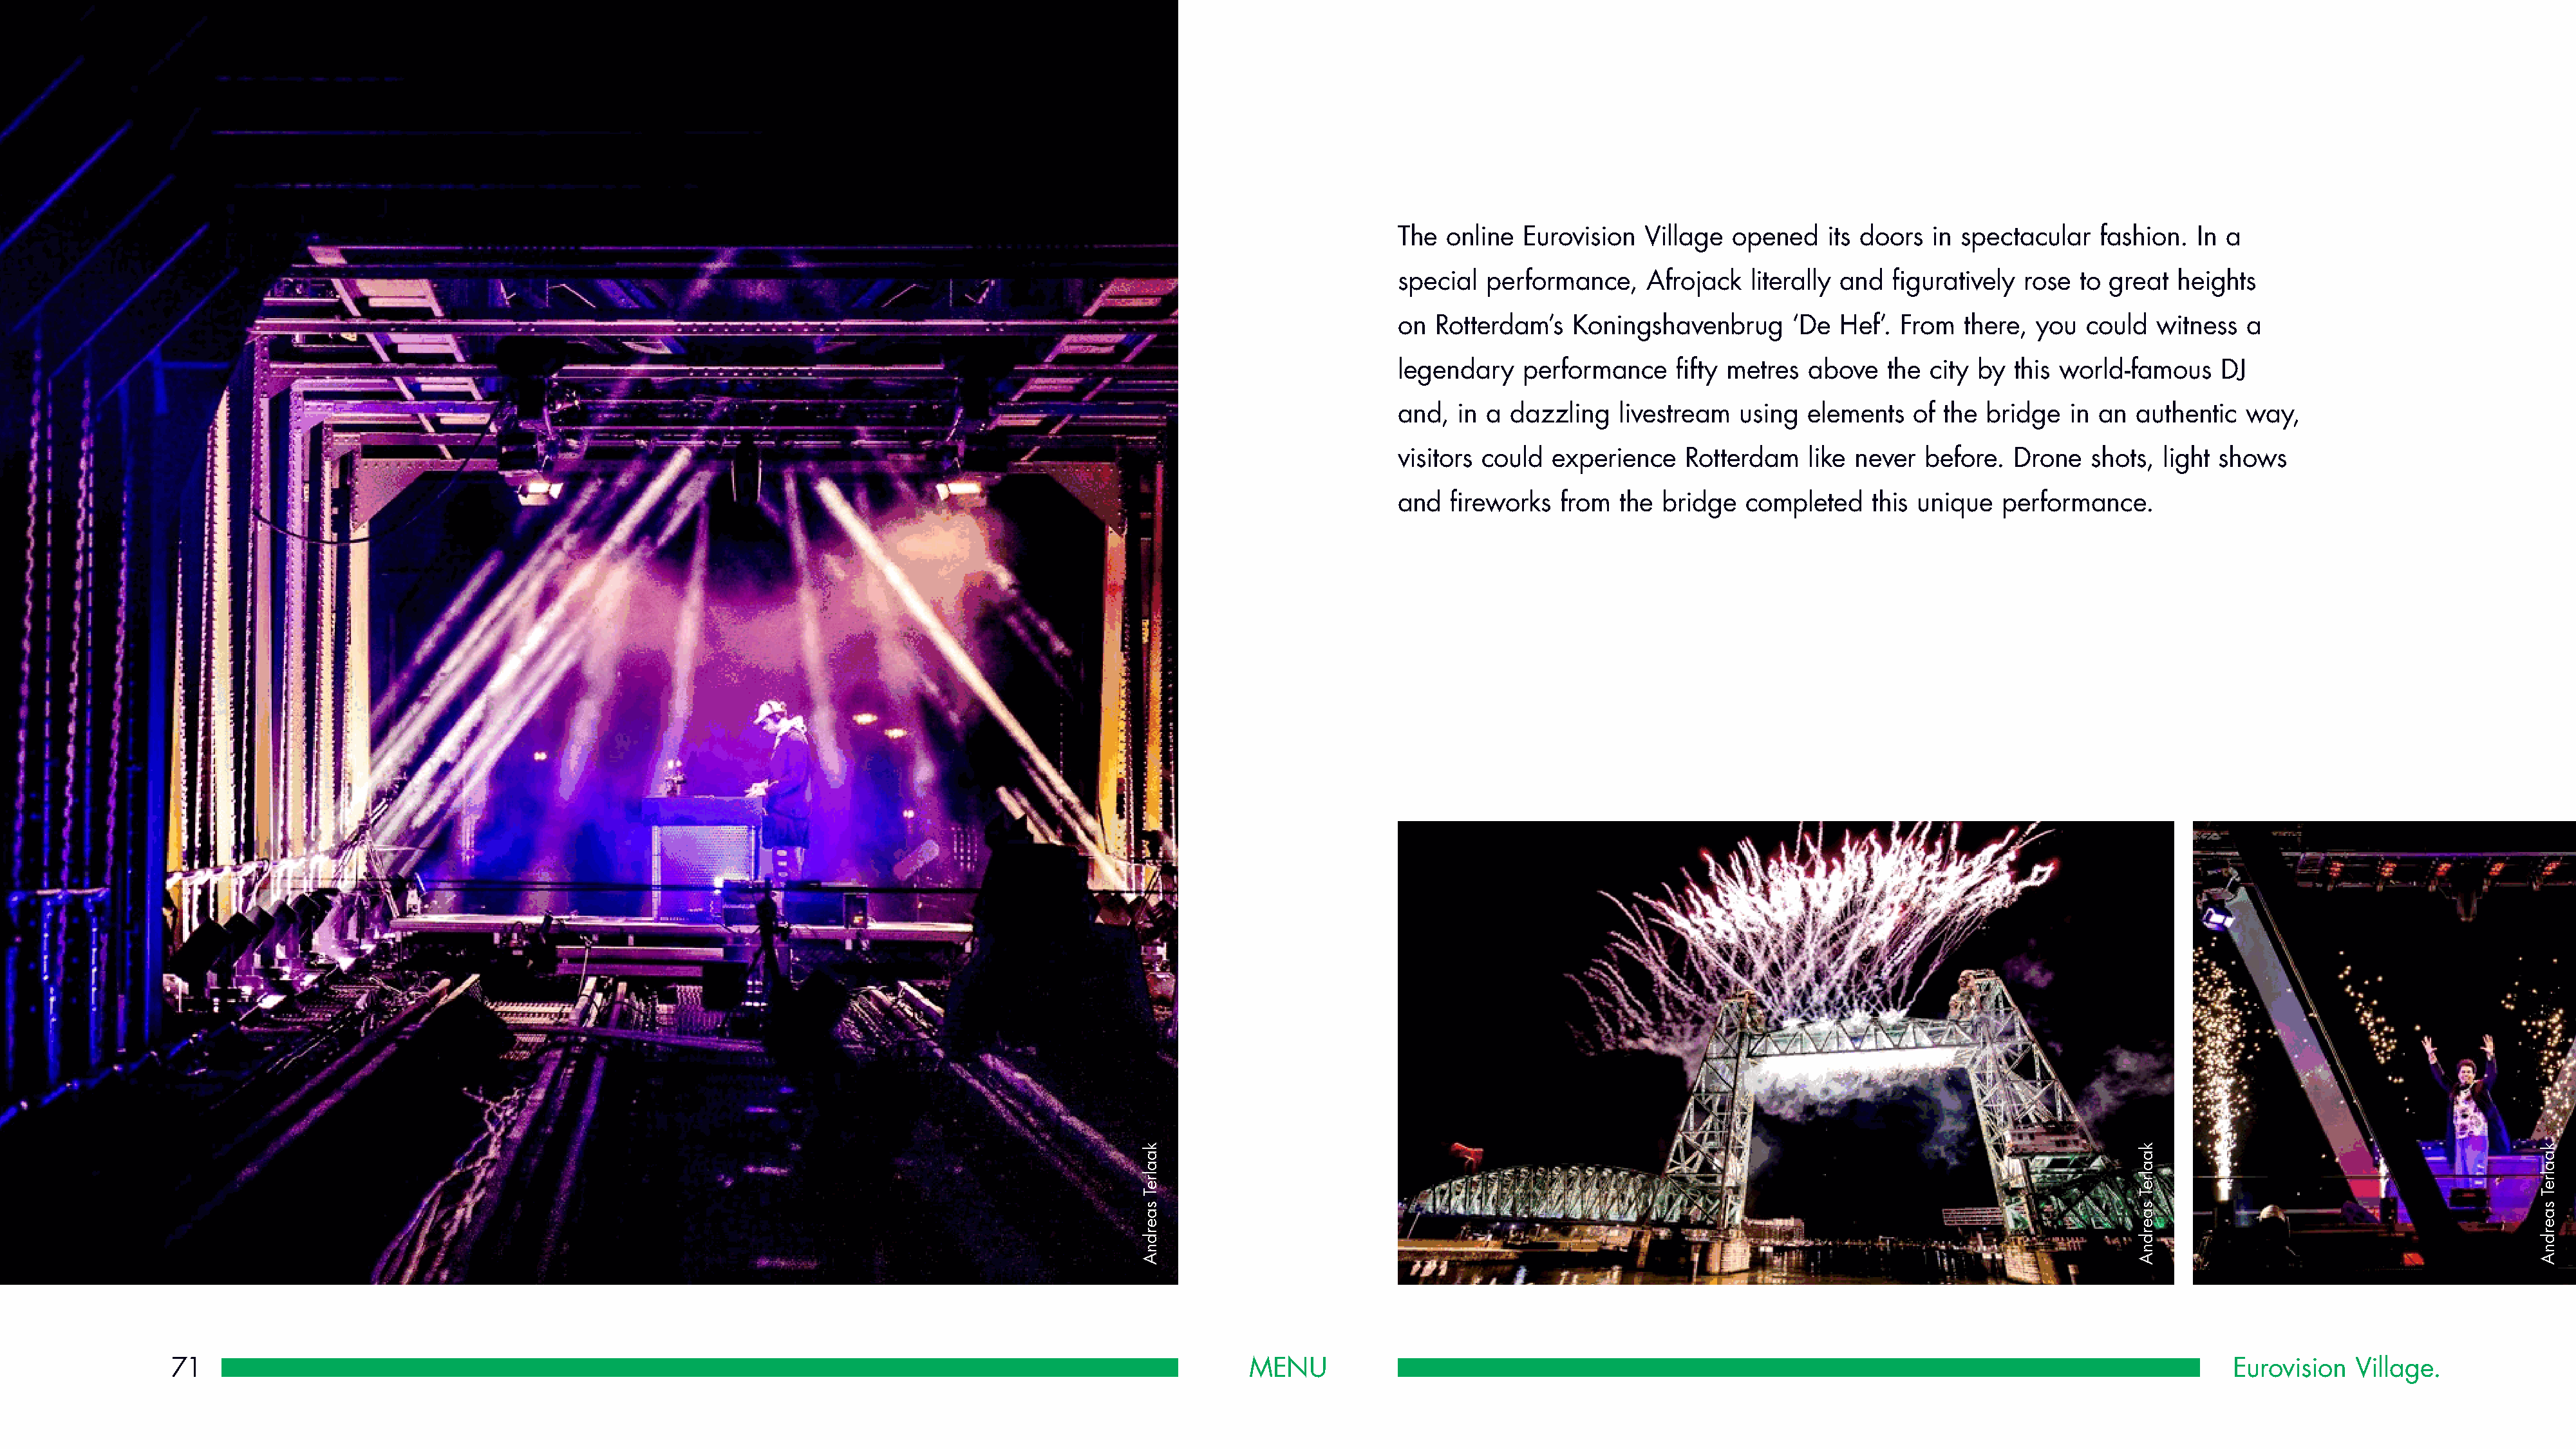
The  online  Eurovision  Village  opened    its doors  in spectacular   fashion.  In a
 special  performance,    Afrojack   literally and  figuratively rose  to great  heights
 on  Rotterdam’s   Koningshavenbrug      ‘De  Hef’. From   there, you  could   witness  a
 legendary    performance    fifty metres  above   the city by  this world-famous    DJ
 and,  in a dazzling   livestream   using  elements   of the bridge   in an  authentic  way,
 visitors could  experience   Rotterdam    like never  before.  Drone   shots, light shows
 and  fireworks  from   the bridge  completed    this unique   performance.
 71                                                                                                            MENU                                                                                                  Eurovision  Village.
 kaalreT
 saerdnA
 kaalreT
 saerdnA
 kaalreT
 saerdnA